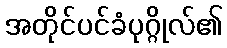
အတိုင်ပင်ခံပုဂ္ဂိုလ်၏